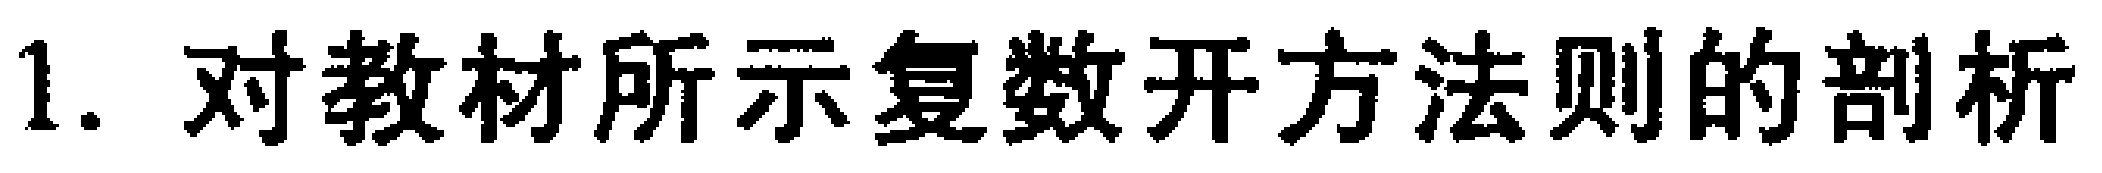
1. 对教材所示复数开方法则的剖析